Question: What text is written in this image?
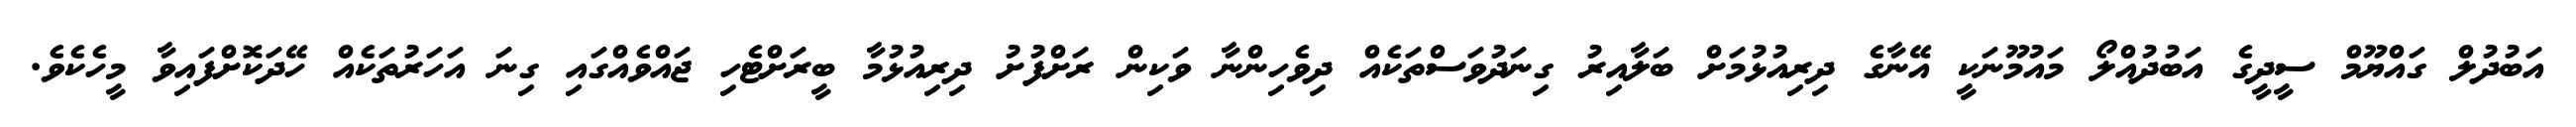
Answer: އަބުދުލް ގައްޔޫމް ސީދީގެ އަބުދުއްލޯ މައުމޫނަކީ އޭނާގެ ދިރިއުޅުމަށް ބަލާއިރު ގިނަދުވަސްތަކެއް ދިވެހިންނާ ވަކިން ރަށްފުށު ދިރިއުޅުމާ ބީރަށްޓެހި ޖައްވެއްގައި ގިނަ އަހަރުތަކެއް ހޭދަކޮށްފައިވާ މީހެކެވެ.